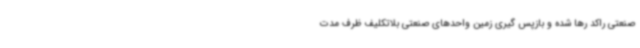
صنعتی راکد رها شده و بازپس گیری زمین واحدهای صنعتی بلاتکلیف ظرف مدت